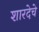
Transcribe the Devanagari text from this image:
शारदेचे